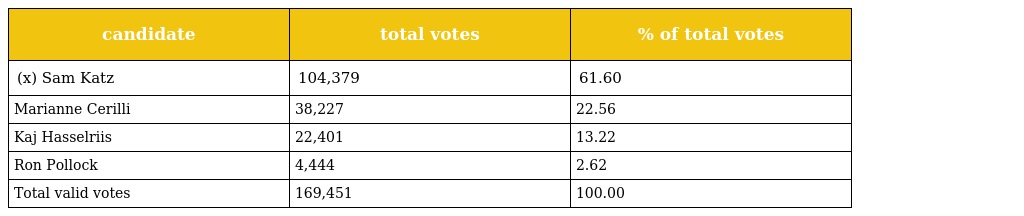
| candidate | total votes | % of total votes |
 | --- | --- | --- |
 | (x) Sam Katz | 104,379 | 61.60 |
 | Marianne Cerilli | 38,227 | 22.56 |
 | Kaj Hasselriis | 22,401 | 13.22 |
 | Ron Pollock | 4,444 | 2.62 |
 | Total valid votes | 169,451 | 100.00 |